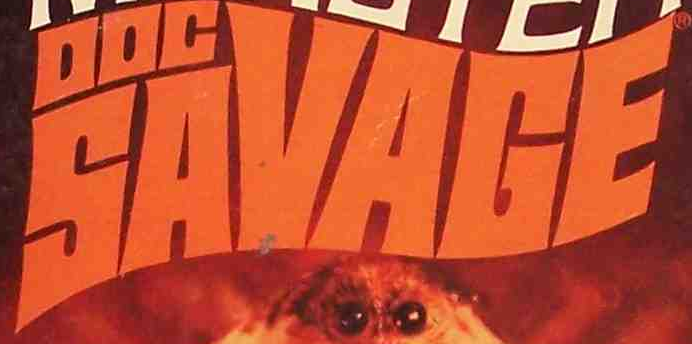
SAVAGE